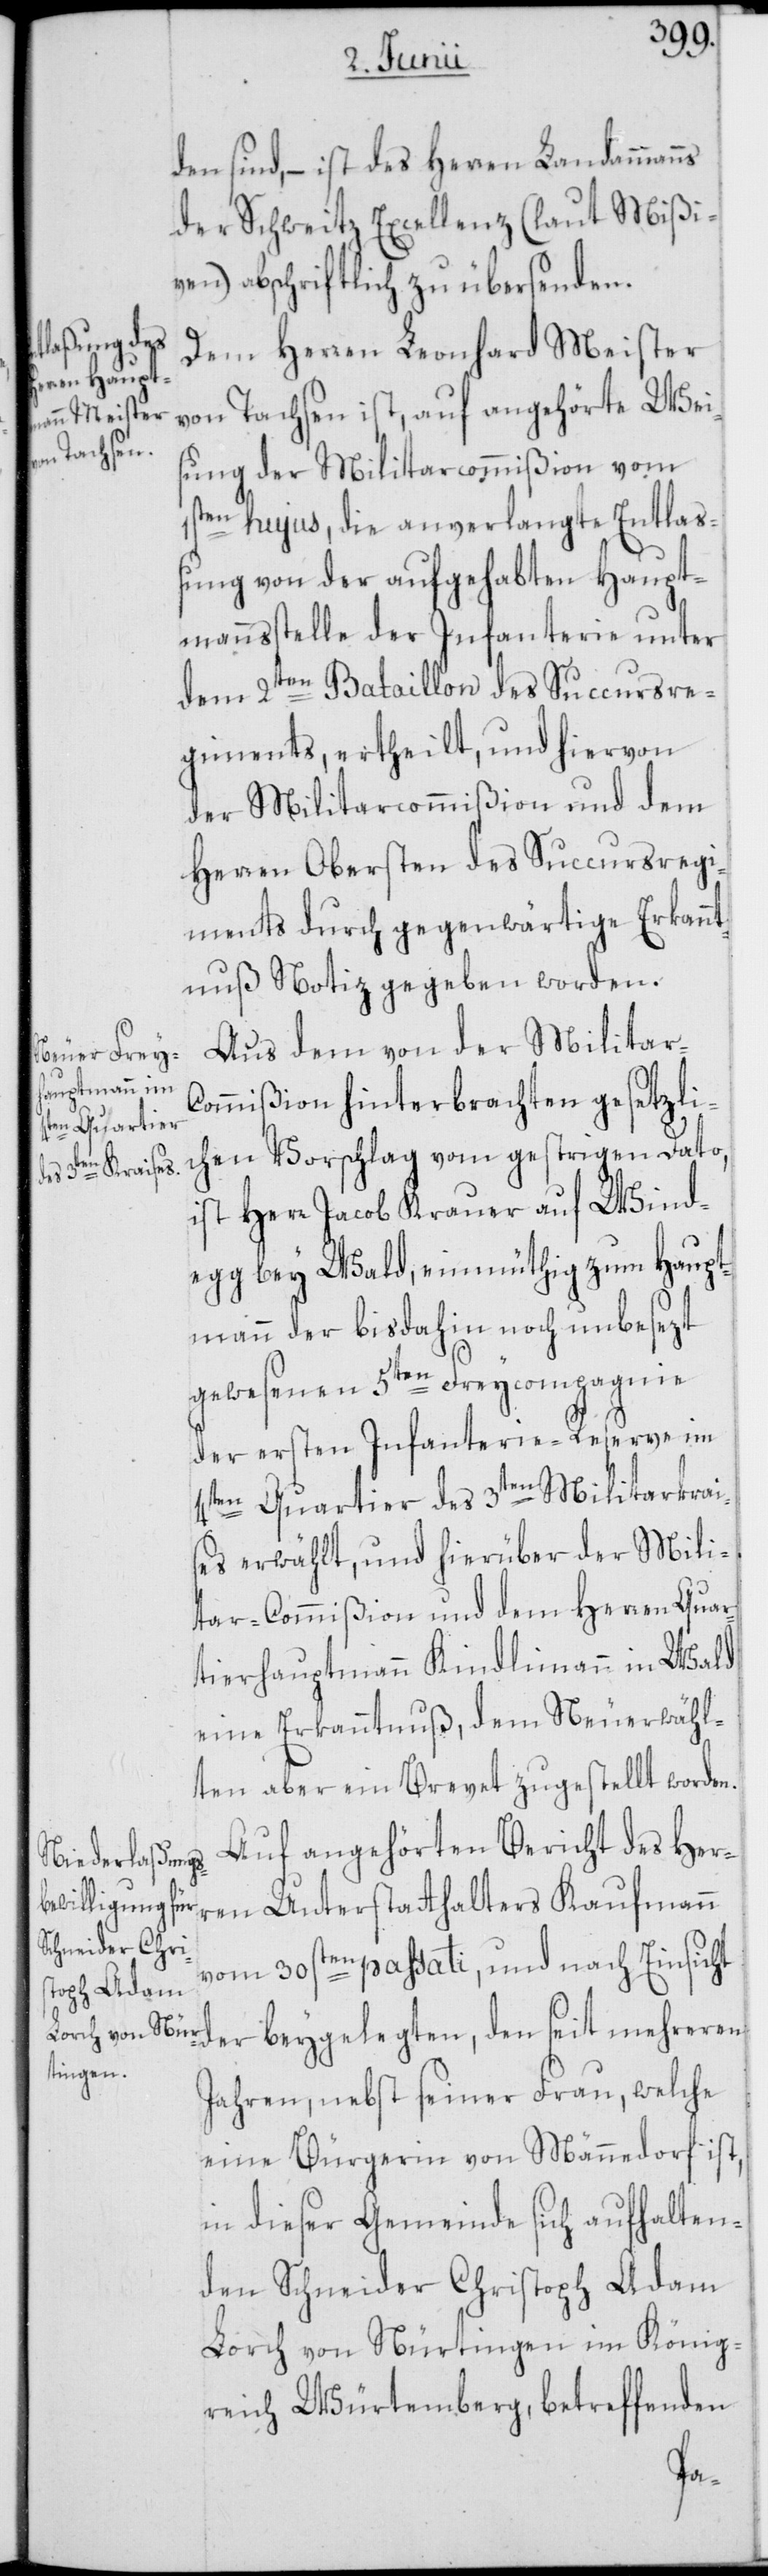
den sind, – ist des Herren Landammanns
der Schweitz Excellenz (laut Mißi¬
ven) abschriftlich zu übersenden.
Dem Herren Leonhard Meister
von Tachsen ist, auf angehörte Wei¬
sung der Militarcommißion vom
1sten hujus, die anverlangte Entlaß¬
ung von der aufgehabten Haupt¬
mannsstelle der Infanterie unter
dem 2ten Bataillon des Succursre¬
giments, ertheilt, und hiervon
der Militarcommißion und dem
Herren Obersten des Succursregi¬
ments durch gegenwärtige Erkannt¬
nuß Notiz gegeben worden.
Aus dem von der Militar-C¬
ommißion hinterbrachten gesetzli¬
chen Vorschlag vom gestrigen Dato,
ist Herr Jacob Krauer auf Wind¬
egg bey Wald, einmüthig zum Haupt¬
mann der bisdahin noch unbesezt
gewesenen 5ten Freycompagnie
der ersten Infanterie-Reserve im
4ten Quartier des 3ten Militarkrai¬
ses erwählt, und hierüber der Mili¬
tar-Commißion und dem Herren Quar¬
tierhauptmann Kindlimann in Wald
eine Erkanntnuß, dem Neuerwähl¬
ten aber ein Brevet zugestellt worden.
Auf angehörten Bericht des Her¬
ren Unterstatthalters Kaufmann
vom 30sten passati, und nach Einsicht
der beygelegten, den seit mehreren
Jahren, nebst seiner Frau, welche
eine Bürgerin von Männedorf ist,
in dieser Gemeinde sich aufhalten¬
den Schneider Christoph Adam
Lorch von Nürtingen im König¬
reich Würtemberg, betreffenden